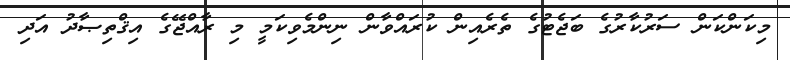
މިކަންކަން ސަރުކާރުގެ ބަޖެޓުގެ ތެރެއިން ކުރައްވާން ނިންމެވިކަމީ މި ރާއްޖޭގެ އިޤްތިޞާދު އަދި